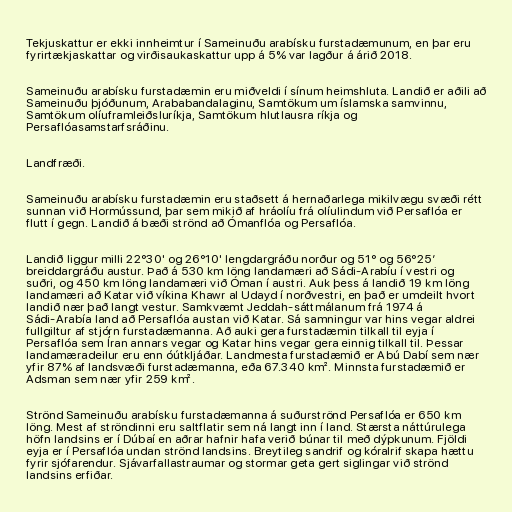
Tekjuskattur er ekki innheimtur í Sameinuðu arabísku furstadæmunum, en þar eru
fyrirtækjaskattar og virðisaukaskattur upp á 5% var lagður á árið 2018.

Sameinuðu arabísku furstadæmin eru miðveldi í sínum heimshluta. Landið er aðili að
Sameinuðu þjóðunum, Arababandalaginu, Samtökum um íslamska samvinnu,
Samtökum olíuframleiðsluríkja, Samtökum hlutlausra ríkja og
Persaflóasamstarfsráðinu.

Landfræði.

Sameinuðu arabísku furstadæmin eru staðsett á hernaðarlega mikilvægu svæði rétt
sunnan við Hormússund, þar sem mikið af hráolíu frá olíulindum við Persaflóa er
flutt í gegn. Landið á bæði strönd að Ómanflóa og Persaflóa.

Landið liggur milli 22°30' og 26°10' lengdargráðu norður og 51° og 56°25′
breiddargráðu austur. Það á 530 km löng landamæri að Sádi-Arabíu í vestri og
suðri, og 450 km löng landamæri við Óman í austri. Auk þess á landið 19 km löng
landamæri að Katar við víkina Khawr al Udayd í norðvestri, en það er umdeilt hvort
landið nær það langt vestur. Samkvæmt Jeddah-sáttmálanum frá 1974 á
Sádi-Arabía land að Persaflóa austan við Katar. Sá samningur var hins vegar aldrei
fullgiltur af stjórn furstadæmanna. Að auki gera furstadæmin tilkall til eyja í
Persaflóa sem Íran annars vegar og Katar hins vegar gera einnig tilkall til. Þessar
landamæradeilur eru enn óútkljáðar. Landmesta furstadæmið er Abú Dabí sem nær
yfir 87% af landsvæði furstadæmanna, eða 67.340 km². Minnsta furstadæmið er
Adsman sem nær yfir 259 km².

Strönd Sameinuðu arabísku furstadæmanna á suðurströnd Persaflóa er 650 km
löng. Mest af ströndinni eru saltflatir sem ná langt inn í land. Stærsta náttúrulega
höfn landsins er í Dúbaí en aðrar hafnir hafa verið búnar til með dýpkunum. Fjöldi
eyja er í Persaflóa undan strönd landsins. Breytileg sandrif og kóralrif skapa hættu
fyrir sjófarendur. Sjávarfallastraumar og stormar geta gert siglingar við strönd
landsins erfiðar.